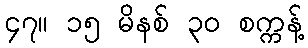
၄၇။ ၁၅ မိနစ် ၃၀ စက္ကန့်